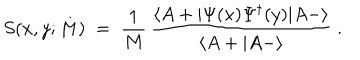
S ( x , y ; M ) \; = \; \frac { 1 } { M } \, \frac { \langle A + | \Psi ( x ) \Psi ^ { \dagger } ( y ) | A - \rangle } { \langle A + | A - \rangle } \; .